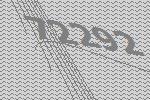
72292